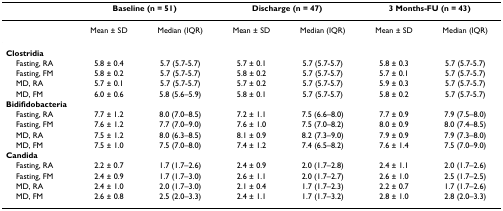
<table><thead><tr><td></td><td colspan="2"><b>Baseline (n = 51)</b></td><td colspan="2"><b>Discharge (n = 47)</b></td><td colspan="2"><b>3 Months-FU (n = 43)</b></td></tr></thead><tbody><tr><td></td><td>Mean ± SD</td><td>Median (IQR)</td><td>Mean ± SD</td><td>Median (IQR)</td><td>Mean ± SD</td><td>Median (IQR)</td></tr><tr><td><b>Clostridia</b></td><td></td><td></td><td></td><td></td><td></td><td></td></tr><tr><td> Fasting, RA</td><td>5.8 ± 0.4</td><td>5.7 (5.7-5.7)</td><td>5.7 ± 0.1</td><td>5.7 (5.7-5.7)</td><td>5.8 ± 0.3</td><td>5.7 (5.7-5.7)</td></tr><tr><td> Fasting, FM</td><td>5.8 ± 0.2</td><td>5.7 (5.7-5.7)</td><td>5.8 ± 0.2</td><td>5.7 (5.7-5.7)</td><td>5.7 ± 0.1</td><td>5.7 (5.7-5.7)</td></tr><tr><td> MD, RA</td><td>5.7 ± 0.1</td><td>5.7 (5.7-5.7)</td><td>5.7 ± 0.2</td><td>5.7 (5.7-5.7)</td><td>5.9 ± 0.3</td><td>5.7 (5.7-5.7)</td></tr><tr><td> MD, FM</td><td>6.0 ± 0.6</td><td>5.8 (5.6–5.9)</td><td>5.8 ± 0.1</td><td>5.7 (5.7-5.7)</td><td>5.8 ± 0.2</td><td>5.7 (5.7-5.7)</td></tr><tr><td><b>Bidifidobacteria</b></td><td></td><td></td><td></td><td></td><td></td><td></td></tr><tr><td> Fasting, RA</td><td>7.7 ± 1.2</td><td>8.0 (7.0–8.5)</td><td>7.2 ± 1.1</td><td>7.5 (6.6–8.0)</td><td>7.7 ± 0.9</td><td>7.9 (7.5–8.0)</td></tr><tr><td> Fasting, FM</td><td>7.6 ± 1.2</td><td>7.7 (7.0–9.0)</td><td>7.6 ± 1.0</td><td>7.5 (7.0–8.2)</td><td>8.0 ± 0.9</td><td>8.0 (7.4–8.5)</td></tr><tr><td> MD, RA</td><td>7.5 ± 1.2</td><td>8.0 (6.3–8.5)</td><td>8.1 ± 0.9</td><td>8.2 (7.3–9.0)</td><td>7.9 ± 0.9</td><td>7.9 (7.3–8.0)</td></tr><tr><td> MD, FM</td><td>7.5 ± 1.0</td><td>7.5 (7.0–8.0)</td><td>7.4 ± 1.2</td><td>7.4 (6.5–8.2)</td><td>7.6 ± 1.4</td><td>7.5 (7.0–9.0)</td></tr><tr><td><b>Candida</b></td><td></td><td></td><td></td><td></td><td></td><td></td></tr><tr><td> Fasting, RA</td><td>2.2 ± 0.7</td><td>1.7 (1.7–2.6)</td><td>2.4 ± 0.9</td><td>2.0 (1.7–2.8)</td><td>2.4 ± 1.1</td><td>2.0 (1.7–2.6)</td></tr><tr><td> Fasting, FM</td><td>2.4 ± 0.9</td><td>1.7 (1.7–3.0)</td><td>2.6 ± 1.1</td><td>2.0 (1.7–2.7)</td><td>2.6 ± 1.0</td><td>2.5 (1.7–2.5)</td></tr><tr><td> MD, RA</td><td>2.4 ± 1.0</td><td>2.0 (1.7–3.0)</td><td>2.1 ± 0.4</td><td>1.7 (1.7–2.3)</td><td>2.2 ± 0.7</td><td>1.7 (1.7–2.6)</td></tr><tr><td> MD, FM</td><td>2.6 ± 0.8</td><td>2.5 (2.0–3.3)</td><td>2.4 ± 1.1</td><td>1.7 (1.7–3.2)</td><td>2.8 ± 1.0</td><td>2.8 (2.0–3.3)</td></tr></tbody></table>